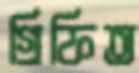
গ্রিফিত